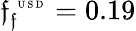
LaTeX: \mathfrak{f}_{\mathfrak{f}}^{\mathrm{{~\tiny~U~S~D~}}}=0.19